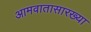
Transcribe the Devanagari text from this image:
आमवातासारख्या